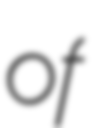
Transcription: of